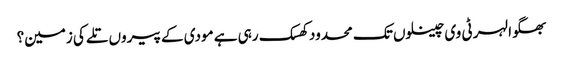
بھگوا لہر ٹی وی چینلوں تک محدود کھسک رہی ہے مودی کے پیروں تلے کی زمین؟